Vaccination report Assam 1874-1896 - 1874-1896
Year: 1874
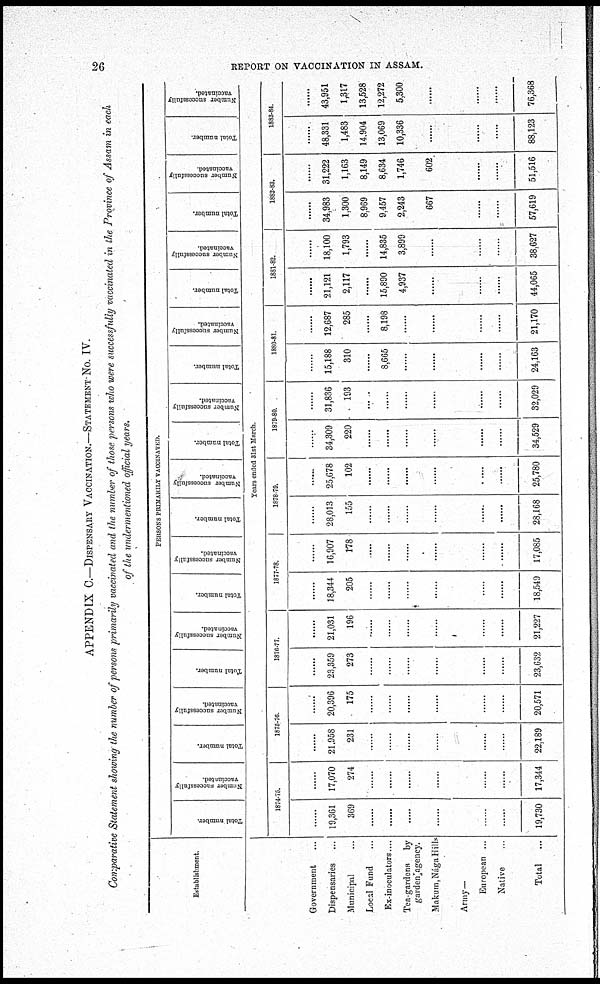
26
REPORT ON VACCINATION IN ASSAM.
APPENDIX C.—DISPENSARY VACCINATION.—STATEMENT No. IV.
Comparative Statement showing the number of persons primarily vaccinated and the number of those persons who were successfully vaccinated in the Province of Assam in each
of the undermentioned official years.
Establishment.
Government ...
Dispensaries ...
Municipal ...
Local Fund ...
Ex-inoculators....
Tea-gardens by
garden agency.
Makum,Nága Hills
Army—
European ...
Native ...
Total
...
PERSONS PRIMARILY VACCINATED.
Total number.
Number successfully
vaccinated.
Total number.
Number successfully
vaccinated.
Total number.
Number successfully
vaccinated.
Total number.
Number successfully
vaccinated.
Total number.
Number successfully
vaccinated.
Total number.
Number successfully
vaccinated.
Total number.
Number successfully
vaccinated.
Total number.
Number successfully
vaccinated.
Total number.
Number successfully
vaccinated
Total number.
Number successfully
vaccinated.
Years ended 31st March.
1874-75.
......
19,361
369
......
......
......
......
......
......
19,730
......
17,070
274
......
......
......
......
......
......
17,344
1875-76
......
21,958
231
......
......
......
......
......
......
22,189
......
20,396
175
......
......
......
......
......
......
20,571
1876-77.
......
23,359
273
......
......
......
......
......
......
23,632
......
21,031
196
......
......
......
......
......
......
21,227
1877-78.
......
18,344
205
......
......
......
......
......
......
18,549
......
16,907
178
....
......
......
......
......
......
17,085
1878-79.
......
28,013
155
......
......
......
......
......
......
28,168
......
25,678
102
......
......
......
......
......
......
25,780
1879-80.
......
34,309
220
......
......
......
......
......
......
34,529
......
31,836
193
......
......
......
......
......
......
32,029
1880-81.
......
15,188
310
......
8,665
......
......
......
......
24,163
......
12,687
285
......
8,198
......
......
......
......
21,170
1881-82.
......
21,121
2,117
......
15,890
4,937
......
......
......
44,065
......
18,100
1,793
......
14,835
3,899
......
......
......
38,627
1882-83.
......
34,983
1,300
8,969
9,457
2,243
667
......
......
57,619
......
31,222
1,163
8,149
8,634
1,746
602
......
......
51,516
1883-84.
......
48,331
1,483
14,904
13,069
10,336
......
......
......
88,123
......
43,951
1,317
13,528
12,272
5,300
......
......
......
76,368